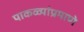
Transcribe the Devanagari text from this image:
पाकळ्यांप्रमाणे